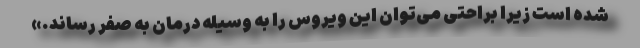
شده است زیرا براحتی می‌توان این ویروس را به وسیله درمان به صفر رساند.»